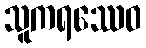
သူကရဿေဝ